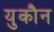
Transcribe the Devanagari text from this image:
युकौन